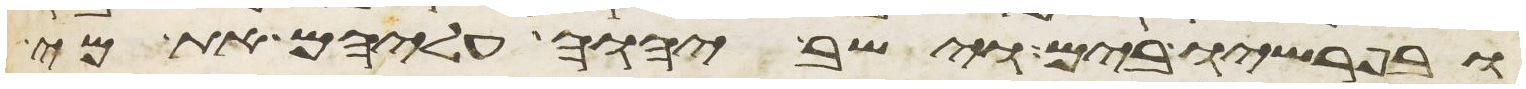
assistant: ובפרשיו בים וישב יהוה עליהם את מי